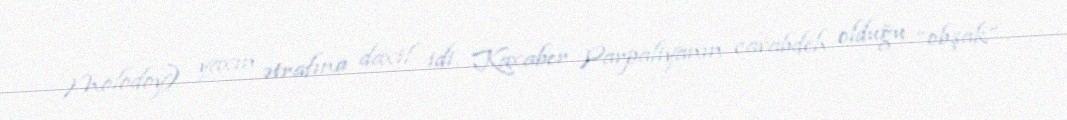
Molodoy) yaxın ətrafına daxil idi. Kaxaber Parpaliyanın cavabdeh olduğu “obşak”